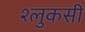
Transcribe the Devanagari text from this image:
श्लुकसी